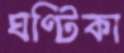
ঘণ্টিকা